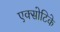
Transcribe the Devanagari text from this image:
एक्सोटिके